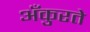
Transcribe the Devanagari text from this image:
अँकुरते